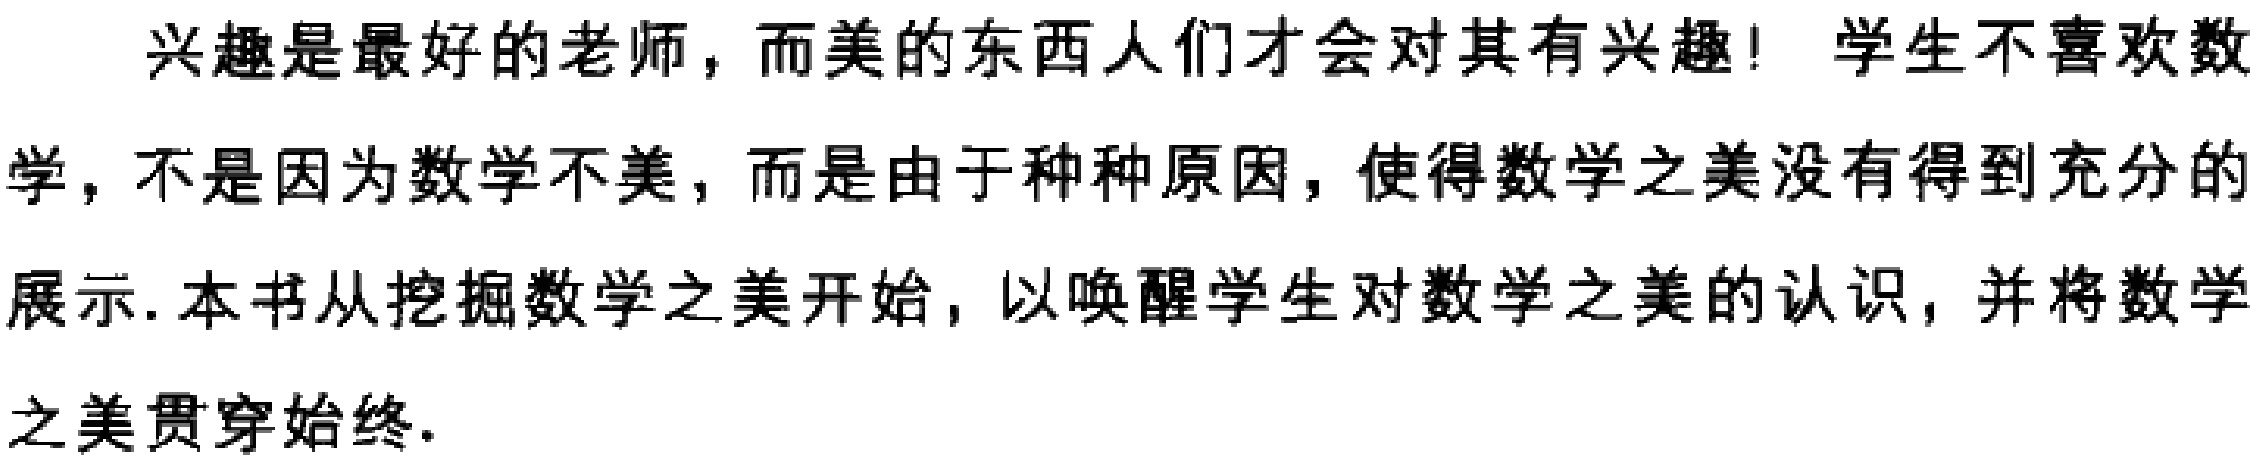
兴趣是最好的老师，而美的东西人们才会对其有兴趣！ 学生不喜欢数

学，不是因为数学不美，而是由于种种原因，使得数学之美没有得到充分的

展示. 本书从挖掘数学之美开始，以唤醒学生对数学之美的认识，并将数学

之美贯穿始终.